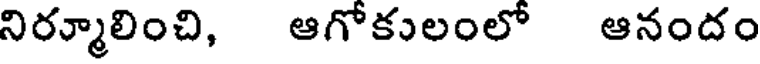
నిర్మూలించి, ఆగోకులంలో ఆనందం